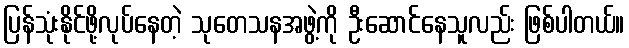
ပြန်သုံးနိုင်ဖို့လုပ်နေတဲ့ သုတေသနအဖွဲ့ကို ဦးဆောင်နေသူလည်း ဖြစ်ပါတယ်။